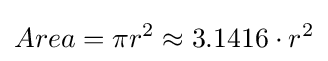
Area=\pi r^{2}\approx 3{.}1416\cdot r^{2}